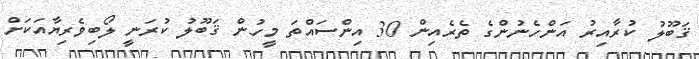
ޤަބޫލު ކުރާއިރު އަންހެނުންގެ ތެރެއިން 30 އިންސައްތަ މީހުން ޤަބޫލު ކުރަނީ ލޯބިވެރިޔާއަކަށް